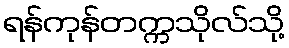
ရန်ကုန်တက္ကသိုလ်သို့